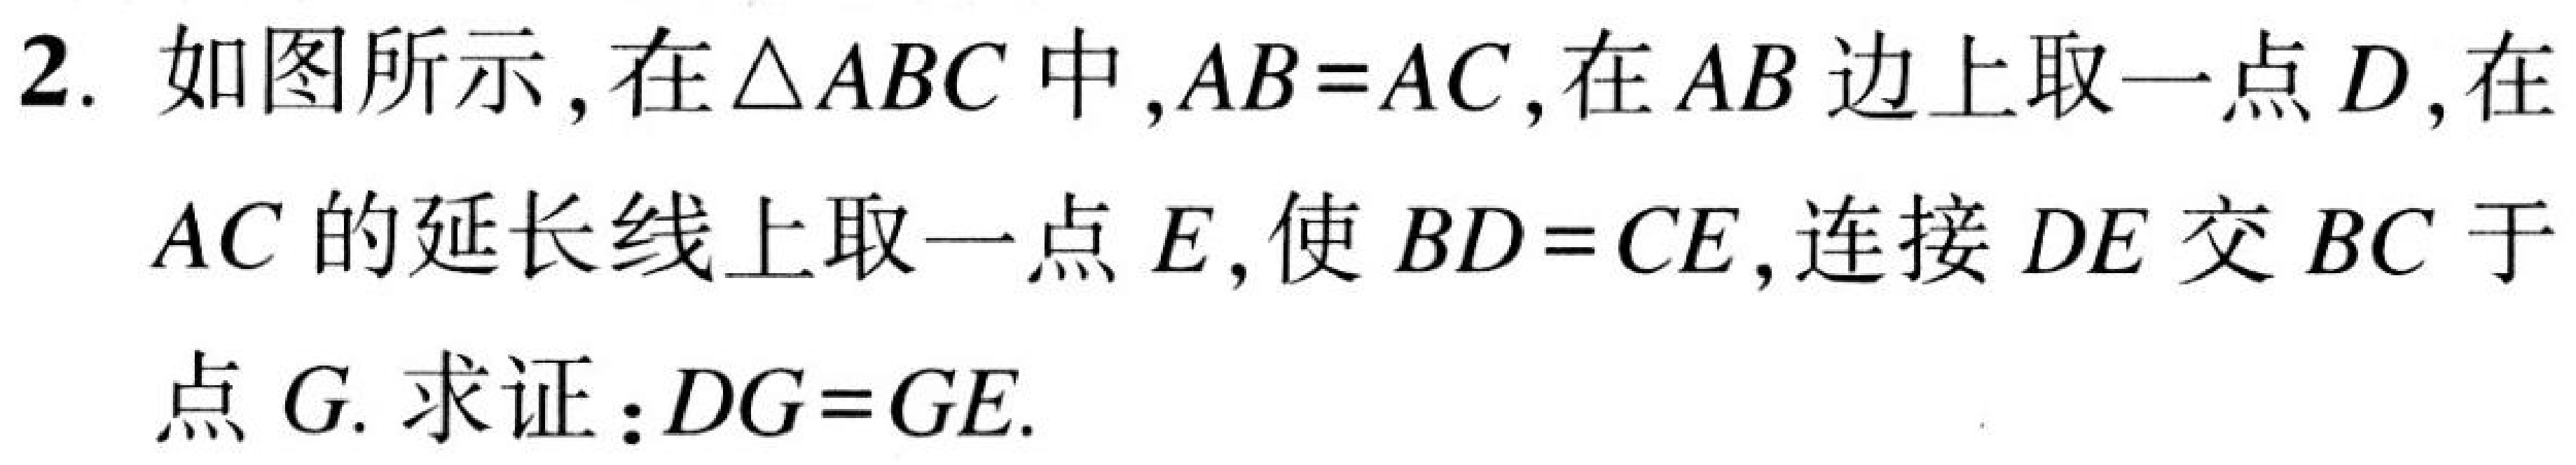
2. 如图所示，在\(\triangle ABC\)中，\(AB = AC\)，在\(AB\)边上取一点\(D\)，在
\(AC\)的延长线上取一点\(E\)，使\(BD = CE\)，连接\(DE\)交\(BC\)于
点\(G\). 求证：\(DG = GE\).